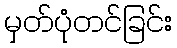
မှတ်ပုံတင်ခြင်း